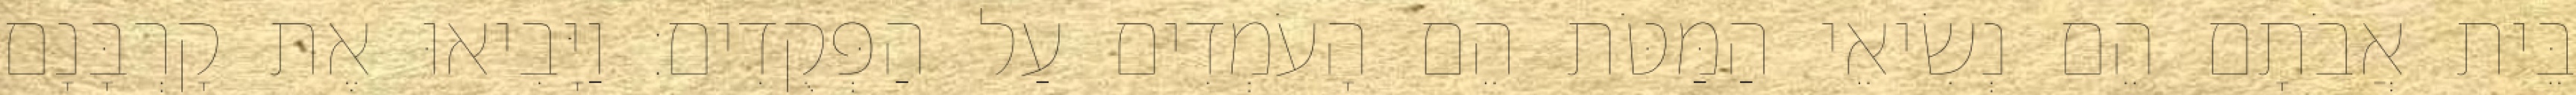
בֵּית אֲבֹתָם הֵם נְשִׂיאֵי הַמַּטֹּת הֵם הָעֹמְדִים עַל הַפְּקֻדִים׃ וַיָּבִיאוּ אֶת קָרְבָּנָם